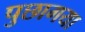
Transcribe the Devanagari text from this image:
पुछागया